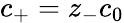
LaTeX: c_{+}=z_{-}c_{0}